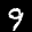
Label: 9